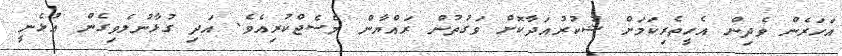
އަހަރެން ވެދިން އެހީތެރިކަމަށް ޝުކުރުއަދާކޮށް ވަގުތުން ރައްޔާން މެސެޖްކުރިއެވެ. އަދި ގުޅާނުލެވިގެން އުޅެނީ